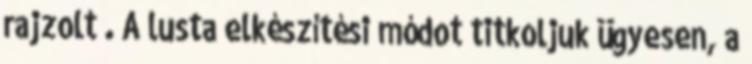
rajzolt . A lusta elkészítési módot titkoljuk ügyesen, a